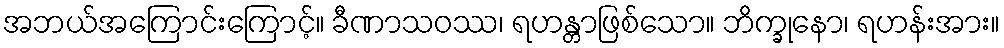
အဘယ်အကြောင်းကြောင့်။ ခီဏာသဝဿ၊ ရဟန္တာဖြစ်သော။ ဘိက္ခုနော၊ ရဟန်းအား။